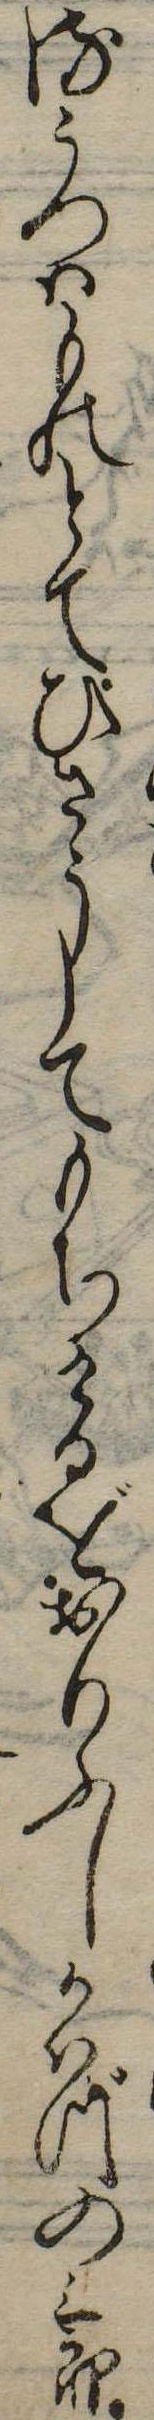
るうつはものとてひさうしてもちけるをおりふしかはづの三郎